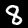
Label: 8